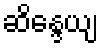
ဆိန္ဒေယျ